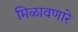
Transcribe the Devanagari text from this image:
मिळावणारे